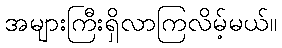
အများကြီးရှိလာကြလိမ့်မယ်။